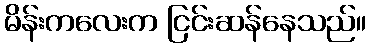
မိန်းကလေးက ငြင်းဆန်နေသည်။